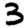
Digit: 3